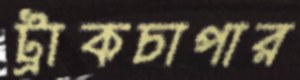
ট্রাকচাপার